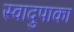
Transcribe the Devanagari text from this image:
स्वादुपाका